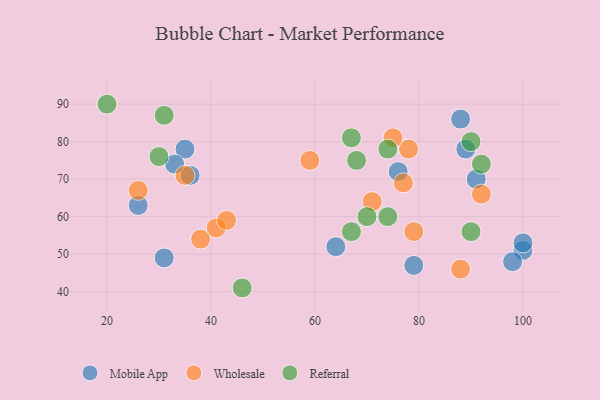
{"axis": {"x": "GDP", "y": "Life Expectancy"}, "legend": ["Mobile App", "Referral", "Wholesale"], "data": [{"x": "100", "y": 51, "type": "Mobile App"}, {"x": "36", "y": 71, "type": "Mobile App"}, {"x": "31", "y": 49, "type": "Mobile App"}, {"x": "88", "y": 86, "type": "Mobile App"}, {"x": "89", "y": 78, "type": "Mobile App"}, {"x": "26", "y": 63, "type": "Mobile App"}, {"x": "91", "y": 70, "type": "Mobile App"}, {"x": "35", "y": 78, "type": "Mobile App"}, {"x": "98", "y": 48, "type": "Mobile App"}, {"x": "33", "y": 74, "type": "Mobile App"}, {"x": "79", "y": 47, "type": "Mobile App"}, {"x": "100", "y": 53, "type": "Mobile App"}, {"x": "76", "y": 72, "type": "Mobile App"}, {"x": "64", "y": 52, "type": "Mobile App"}, {"x": "71", "y": 64, "type": "Wholesale"}, {"x": "92", "y": 66, "type": "Wholesale"}, {"x": "41", "y": 57, "type": "Wholesale"}, {"x": "78", "y": 78, "type": "Wholesale"}, {"x": "43", "y": 59, "type": "Wholesale"}, {"x": "59", "y": 75, "type": "Wholesale"}, {"x": "88", "y": 46, "type": "Wholesale"}, {"x": "26", "y": 67, "type": "Wholesale"}, {"x": "38", "y": 54, "type": "Wholesale"}, {"x": "77", "y": 69, "type": "Wholesale"}, {"x": "79", "y": 56, "type": "Wholesale"}, {"x": "35", "y": 71, "type": "Wholesale"}, {"x": "75", "y": 81, "type": "Wholesale"}, {"x": "30", "y": 76, "type": "Referral"}, {"x": "67", "y": 56, "type": "Referral"}, {"x": "92", "y": 74, "type": "Referral"}, {"x": "68", "y": 75, "type": "Referral"}, {"x": "31", "y": 87, "type": "Referral"}, {"x": "20", "y": 90, "type": "Referral"}, {"x": "70", "y": 60, "type": "Referral"}, {"x": "90", "y": 56, "type": "Referral"}, {"x": "46", "y": 41, "type": "Referral"}, {"x": "67", "y": 81, "type": "Referral"}, {"x": "90", "y": 80, "type": "Referral"}, {"x": "74", "y": 78, "type": "Referral"}, {"x": "74", "y": 60, "type": "Referral"}]}